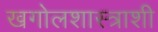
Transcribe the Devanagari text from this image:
खगोलशास्त्राशी